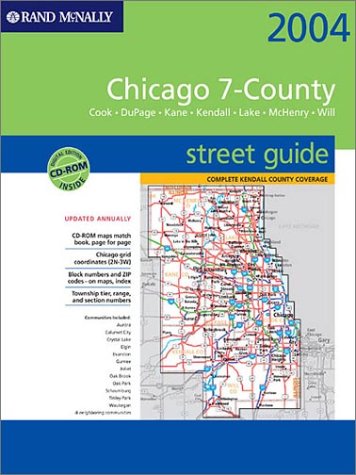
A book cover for Rand McNally 2004 Chicago 7-County Street Guide: Cook, Dupage, Kane, Kendall, Lake, McHenry , Will : Spiral (Rand McNally Street Guides); Rand McNally and Company; Travel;